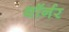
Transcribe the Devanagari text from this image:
थॉर्नर